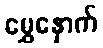
မွှေနှောက်